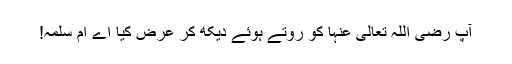
آپ رضی اللہ تعالیٰ عنہا کو روتے ہوئے دیکھ کر عرض کیا اے ام سلمہ!